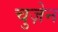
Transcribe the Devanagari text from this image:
चुज़ेन